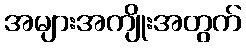
အများအကျိုးအတွက်